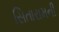
સિતારામની